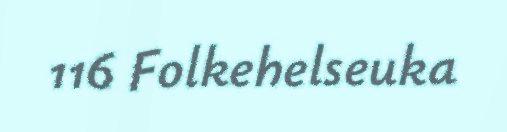
116 Folkehelseuka